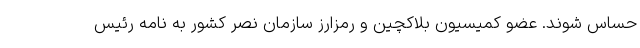
حساس شوند. عضو كميسيون بلاكچين و رمزارز سازمان نصر كشور به نامه رئيس